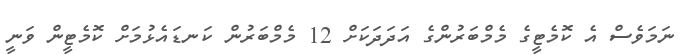
ނަމަވެސް އެ ކޮމެޓީގެ މެމްބަރުންގެ އަދަދަކަށް 12 މެމްބަރުން ކަނޑައެޅުމަށް ކޮމެޓީން ވަނީ